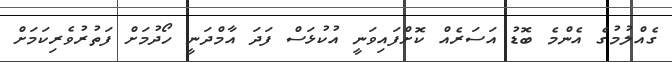
ގެއްލުމުގެ އެންމެ ބޮޑު އަސަރެއް ކޮށްފައިވަނީ އުކުޅަސް ފަދަ އާމްދަނީ ހޯދުމަށް ފަތުރުވެރިކަމަށް